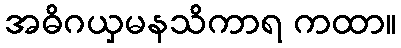
အဓိဂယှမနသိကာရ ကထာ။